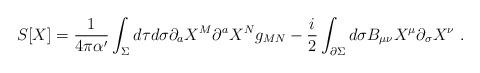
LaTeX: \begin{align*}S[X]=\frac{1}{4\pi\alpha'}\int_{\Sigma} d\tau d\sigma \partial_{a}X^{M} \partial^{a}X^{N}g_{MN} -\frac{i}{2}\int_{\partial\Sigma} d\sigma B_{\mu\nu}X^{\mu} \partial_{\sigma}X^{\nu}~. \end{align*}